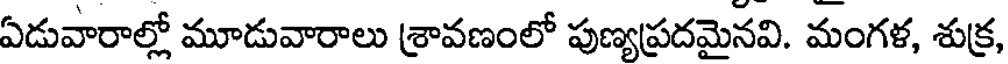
ఏడువారాల్లో మూడువారాలు శ్రావణంలో పుణ్యప్రదమైనవి. మంగళ, శుక్ర,